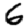
Digit: 6